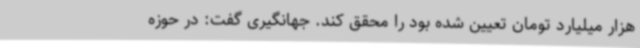
هزار میلیارد تومان تعیین شده بود را محقق کند. جهانگیری گفت: در حوزه